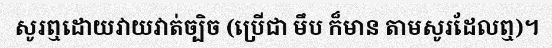
សូរឮដោយវាយវាត់ច្បិច (ប្រើជា មឹប ក៏មាន តាមសូរដែលឮ)។